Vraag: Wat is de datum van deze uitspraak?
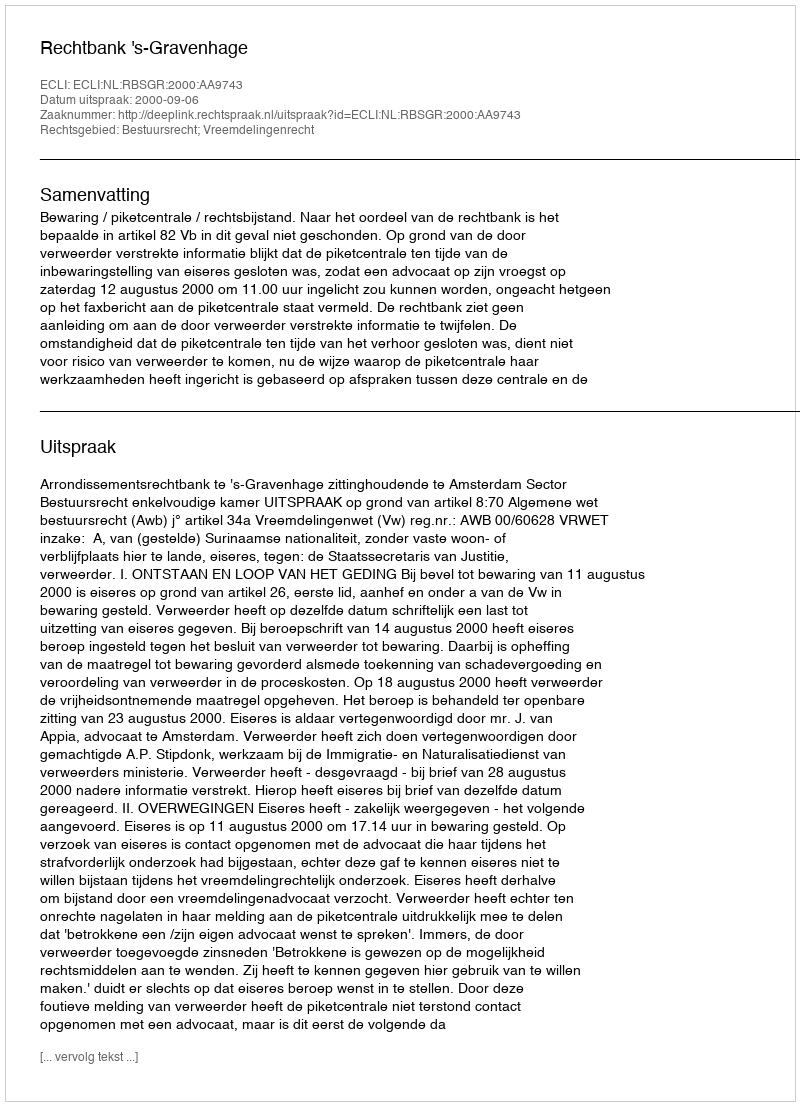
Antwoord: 2000-09-06